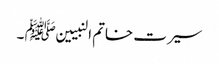
سیرت خاتم النبیین ﷺ ۔